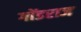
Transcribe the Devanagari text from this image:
गोंडराज